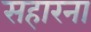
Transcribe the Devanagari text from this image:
सहारना